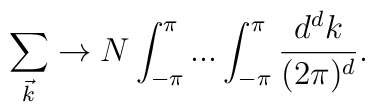
\sum_{\vec{k}} \rightarrow N \int_{-\pi}^{\pi} ...  \int_{-\pi}^{\pi} \frac{d^{d}k}{(2 \pi)^{d}}.